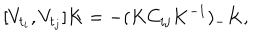
[ V _ { t _ { i } } , V _ { t _ { j } } ] K = - ( K C _ { i j } K ^ { - 1 } ) _ { - } K ,